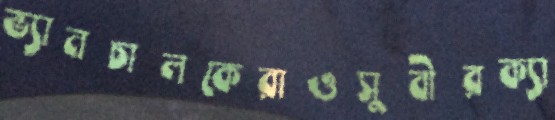
ভ্যানচালকেরাওসুবীরক্যা